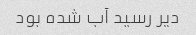
دیر رسید آب شده بود